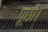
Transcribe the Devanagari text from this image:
पूछी।